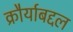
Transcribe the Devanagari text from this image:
क्रौर्याबद्दल